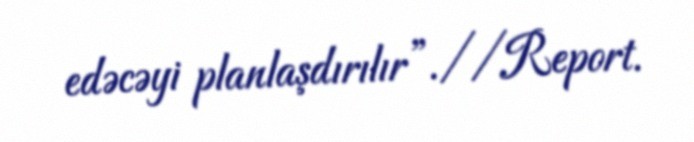
edəcəyi planlaşdırılır”.//Report.